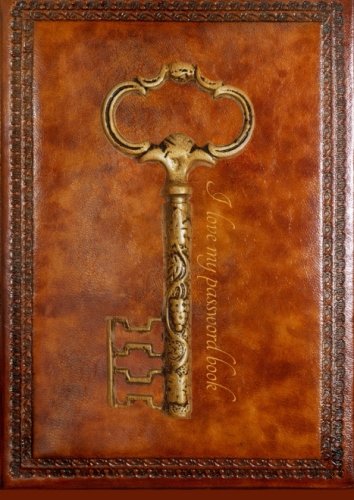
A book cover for I Love My Password Book!: A Simple Password Journal; Password Book; Computers & Technology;